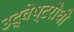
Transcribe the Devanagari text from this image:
उद्वेष्टरोधी